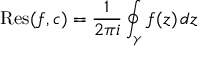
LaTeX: \operatorname { R e s } ( f , c ) = { \frac { 1 } { 2 \pi i } } \oint _ { \gamma } f ( z ) \, d z